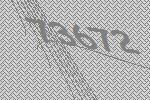
73672